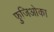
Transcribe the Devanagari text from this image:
फुजिओका